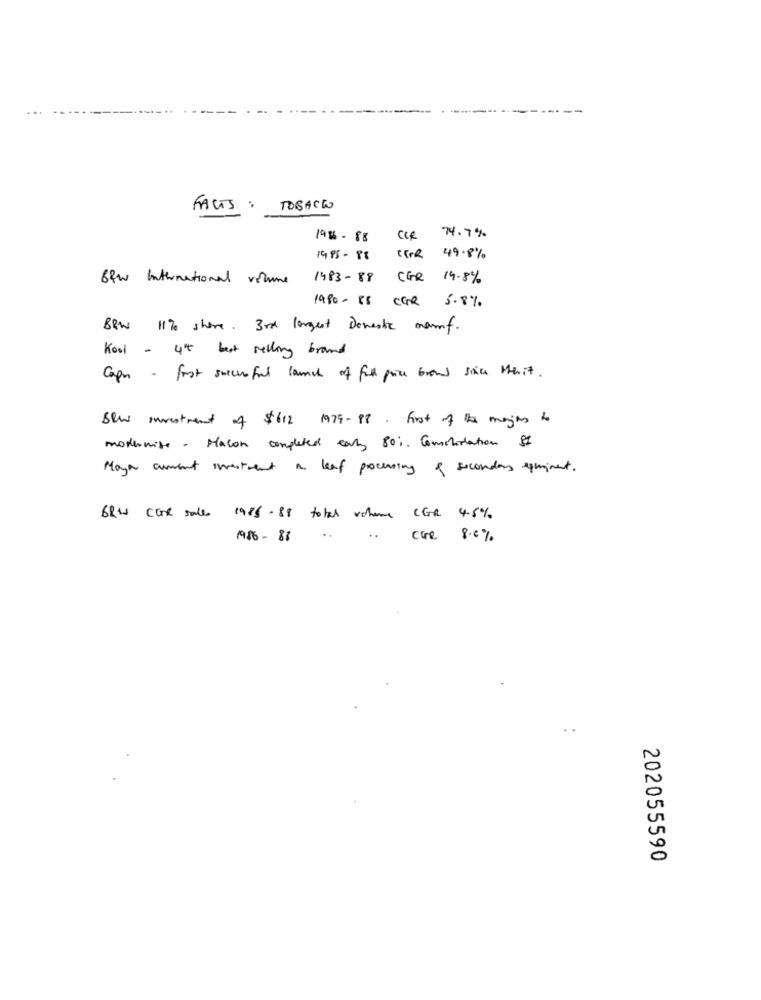
...
FACTS :
74.7%
1986-88
CCR
1995-98
CER 49.8%
B&w International volume
1483-88
CGR 19.8%
1980-85 CGR 5.8%
BRW 11% share. 3rd largest Doneste manf.
Kool - 4th best selling brand
Cape - fot succesful launch of full price brow since Menit.
blow investment of $612 1979-98. First of the mangions to
modernise. Macon completed caly 80 ;. Comstidation 81
Mayor amont investment a leaf processing of secondes equipment.
BRW Car sales 1985.88 total volumes CGR 4.5%
1986-88
..
Care 8.0%
. .
202055590